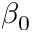
\beta _ { 0 }